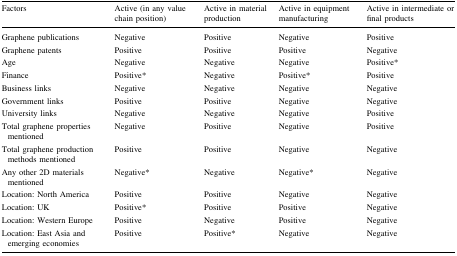
<table><thead><tr><td><b>Factors</b></td><td><b>Active (in any value chain position)</b></td><td><b>Active in material production</b></td><td><b>Active in equipment manufacturing</b></td><td><b>Active in intermediate or final products</b></td></tr></thead><tbody><tr><td>Graphene publications</td><td>Negative</td><td>Positive</td><td>Negative</td><td>Positive</td></tr><tr><td>Graphene patents</td><td>Positive</td><td>Positive</td><td>Positive</td><td>Negative</td></tr><tr><td>Age</td><td>Negative</td><td>Negative</td><td>Negative</td><td>Positive*</td></tr><tr><td>Finance</td><td>Positive*</td><td>Negative</td><td>Positive* </td><td>Positive</td></tr><tr><td>Business links</td><td>Negative</td><td>Negative</td><td>Negative</td><td>Negative</td></tr><tr><td>Government links</td><td>Positive</td><td>Positive</td><td>Negative</td><td>Negative</td></tr><tr><td>University links</td><td>Negative</td><td>Negative</td><td>Negative</td><td>Positive</td></tr><tr><td>Total graphene properties mentioned</td><td>Negative</td><td>Positive</td><td>Negative</td><td>Positive</td></tr><tr><td>Total graphene production methods mentioned</td><td>Positive</td><td>Positive</td><td>Negative</td><td>Negative</td></tr><tr><td>Any other 2D materials mentioned</td><td>Negative*</td><td>Negative</td><td>Negative*</td><td>Negative</td></tr><tr><td>Location: North America</td><td>Positive</td><td>Positive</td><td>Negative</td><td>Negative</td></tr><tr><td>Location: UK</td><td>Positive*</td><td>Positive</td><td>Positive</td><td>Negative</td></tr><tr><td>Location: Western Europe</td><td>Positive</td><td>Negative</td><td>Positive</td><td>Negative</td></tr><tr><td>Location: East Asia and emerging economies</td><td>Positive</td><td>Positive*</td><td>Negative</td><td>Negative</td></tr></tbody></table>